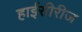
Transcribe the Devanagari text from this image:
हाईसीरीज